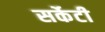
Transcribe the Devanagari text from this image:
सर्केटी